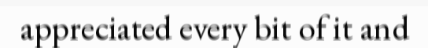
appreciated every bit of it and